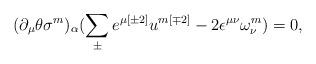
LaTeX: \begin{align*}(\partial _{\mu }\theta \sigma ^{{ m}})_{\alpha }(\sum^{}_{\pm } e^{\mu { [\pm 2]}} u^{{ m[\mp 2]}} -2 \epsilon ^{\mu \nu } \omega ^{{ m}}_{\nu }) = 0 ,\end{align*}